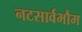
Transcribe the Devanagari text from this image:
नटसार्वभौम